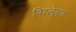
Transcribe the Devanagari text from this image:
विश्ले्षण